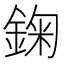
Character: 𨨠